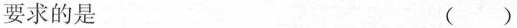
要求的是 ()